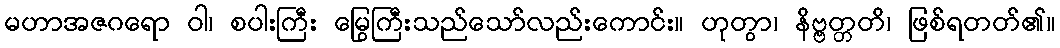
မဟာအဇဂရော ဝါ၊ စပါးကြီး မြွေကြီးသည်သော်လည်းကောင်း။ ဟုတွာ၊ နိဗ္ဗတ္တတိ၊ ဖြစ်ရတတ်၏။